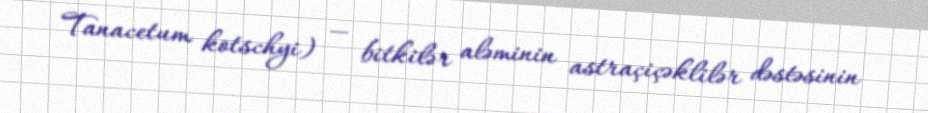
Tanacetum kotschyi) — bitkilər aləminin astraçiçəklilər dəstəsinin